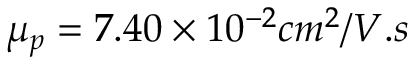
\mu _ { p } = 7 . 4 0 \times 1 0 ^ { - 2 } c m ^ { 2 } / V . s